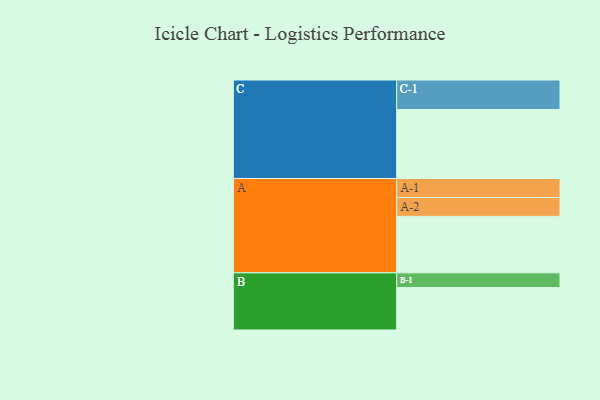
{"axis": {"x": "Segment", "y": "Value"}, "legend": ["", "A", "B", "C"], "data": [{"x": "A", "y": 451, "type": ""}, {"x": "B", "y": 339, "type": ""}, {"x": "C", "y": 551, "type": ""}, {"x": "A-1", "y": 152, "type": "A"}, {"x": "A-2", "y": 151, "type": "A"}, {"x": "B-1", "y": 118, "type": "B"}, {"x": "C-1", "y": 236, "type": "C"}]}